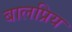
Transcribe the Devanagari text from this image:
बालप्रिय